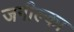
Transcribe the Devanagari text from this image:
जगील्का